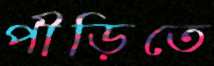
পীড়িতে